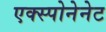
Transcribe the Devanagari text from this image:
एक्स्पोनेनेट